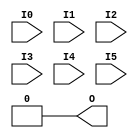
module LUT6(output O, input I0, I1, I2, I3, I4, I5);
  parameter [63:0] INIT = 0;
  wire [31: 0] s5 = I5 ? INIT[63:32] : INIT[31: 0];
  wire [15: 0] s4 = I4 ?   s5[31:16] :   s5[15: 0];
  wire [ 7: 0] s3 = I3 ?   s4[15: 8] :   s4[ 7: 0];
  wire [ 3: 0] s2 = I2 ?   s3[ 7: 4] :   s3[ 3: 0];
  wire [ 1: 0] s1 = I1 ?   s2[ 3: 2] :   s2[ 1: 0];
  assign O = I0 ? s1[1] : s1[0];
  specify
    (I0 => O) = 642;
    (I1 => O) = 631;
    (I2 => O) = 472;
    (I3 => O) = 407;
    (I4 => O) = 238;
    (I5 => O) = 127;
  endspecify
endmodule